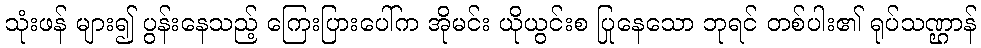
သုံးဖန် များ၍ ပွန်းနေသည့် ကြေးပြားပေါ်က အိုမင်း ယိုယွင်းစ ပြုနေသော ဘုရင် တစ်ပါး၏ ရုပ်သဏ္ဌာန်